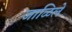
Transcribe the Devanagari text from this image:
जाळिले